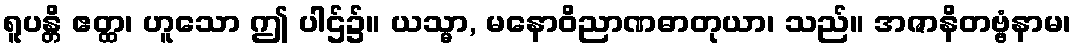
ရူပန္တိ ဧတ္ထ၊ ဟူသော ဤ ပါဌ်၌။ ယသ္မာ, မနောဝိညာဏဓာတုယာ၊ သည်။ အဇာနိတဗ္ဗံနာမ၊